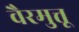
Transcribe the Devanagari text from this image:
वैरमुत्तू